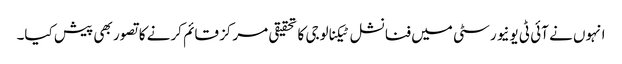
انہوں نے آئی ٹی یونیورسٹی میں فنانشل ٹیکنالوجی کا تحقیقی مرکز قائم کرنے کا تصور بھی پیش کیا۔